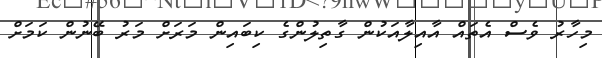
މިހާރު ވެސް އެތައް އާއިލާއަކުން ގާތިލުންގެ ކިބައިން މަރަށް މަރު ބޭނުން ކަމަށް